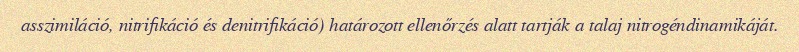
asszimiláció, nitrifikáció és denitrifikáció) határozott ellenőrzés alatt tartják a talaj nitrogéndinamikáját.